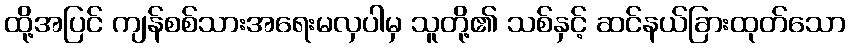
ထို့အပြင် ကျန်စစ်သားအရေးမလှပါမှ သူတို့၏ သစ်နှင့် ဆင်နယ်ခြားထုတ်သော